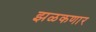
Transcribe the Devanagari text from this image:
झळकणार